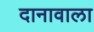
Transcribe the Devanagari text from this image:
दानावाला